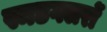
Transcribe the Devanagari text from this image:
स्मडगलरों